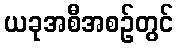
ယခုအစီအစဉ်တွင်